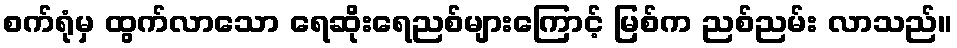
စက်ရုံမှ ထွက်လာသော ရေဆိုးရေညစ်များကြောင့် မြစ်က ညစ်ညမ်း လာသည်။